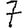
Digit: 7